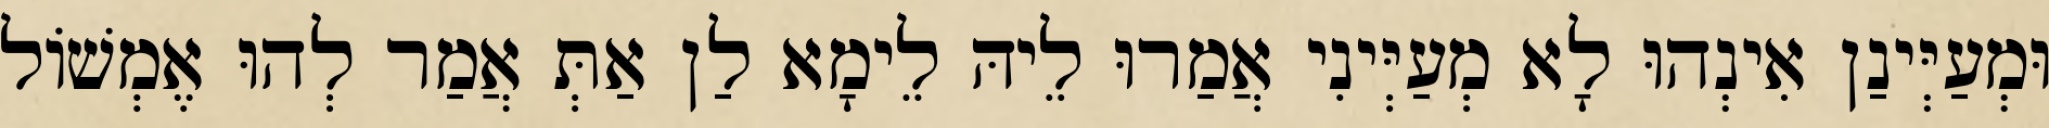
וּמְעַיְּינַן אִינְהוּ לָא מְעַיְּינִי אֲמַרוּ לֵיהּ לֵימָא לַן אַתְּ אֲמַר לְהוּ אֶמְשׁוֹל